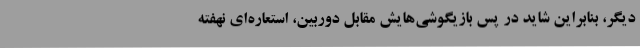
دیگر، بنابراین شاید در پس بازیگوشی‌هایش مقابل دوربین، استعاره‌ای نهفته